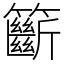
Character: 籪